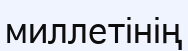
миллетінің